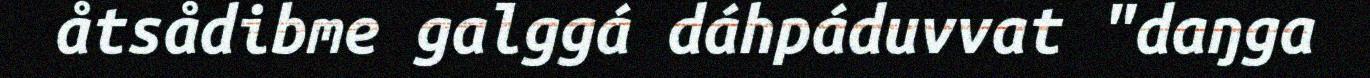
åtsådibme galggá dáhpáduvvat "daŋga